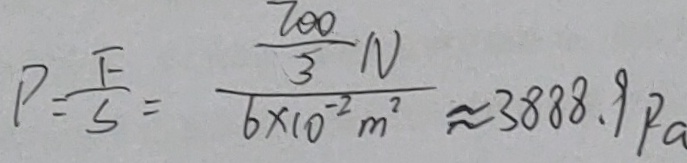
P = \frac { F } { S } = \frac { \frac { 7 0 0 } { 3 } N } { 6 \times 1 0 ^ { - 2 } m ^ { 2 } } \approx 3 8 8 8 . 9 P a